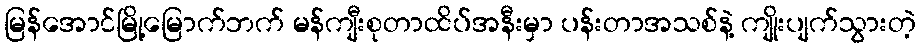
မြန်အောင်မြို့မြောက်ဘက် မန်ကျီးစုတာထိပ်အနီးမှာ ပန်းတာအသစ်နဲ့ ကျိုးပျက်သွားတဲ့